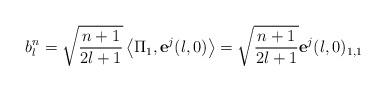
LaTeX: \begin{align*}b_{l}^{n}=\sqrt{\frac{n+1}{2l+1}}\left\langle \Pi_{1},\mathbf{e}^{j}(l,0)\right\rangle =\sqrt{\frac{n+1}{2l+1}}\mathbf{e}^{j}(l,0)_{1,1} \end{align*}